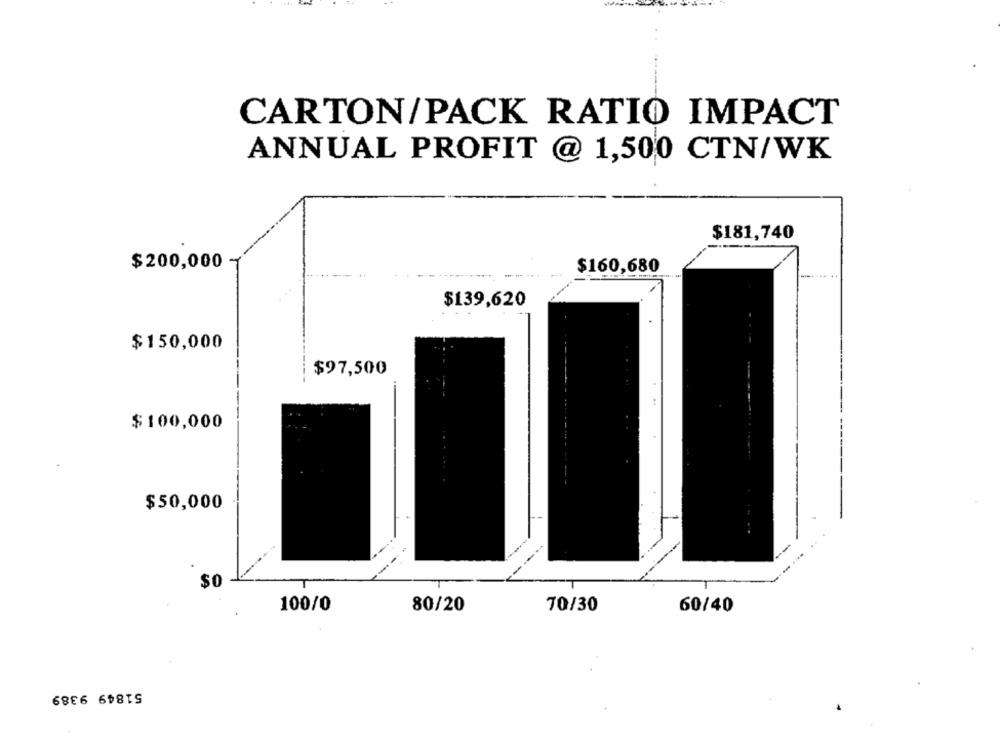
CARTON/PACK RATIO IMPACT
ANNUAL PROFIT @ 1,500 CTN/WK
$181,740
$200,000
$160,680
$139,620
$150,000
$97,500
$100,000
$50,000
----
$0
100/0
80/20
70/30
60/40
51849 9389